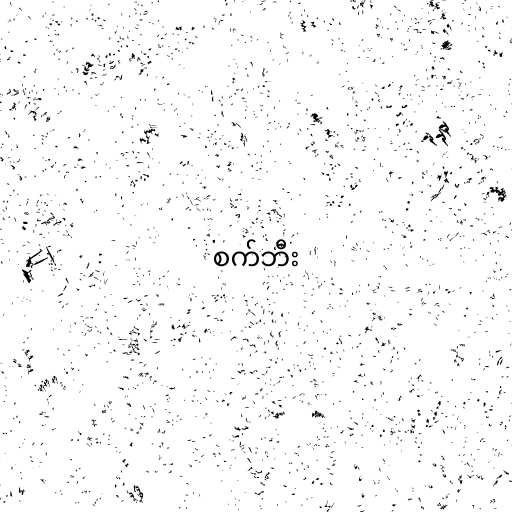
စက်ဘီး